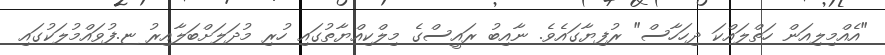
"އެއްމިލިއަން ހަތްލައްކަ ދިހަހާސް" ރުފިޔާގައެވެ. ނާއިބު ރައީސްގެ މިލްކިއްޔާތުގައި ހުރި މުދަލަށްބަލާއިރު ޏ.ފުވައްމުލަކުގައި